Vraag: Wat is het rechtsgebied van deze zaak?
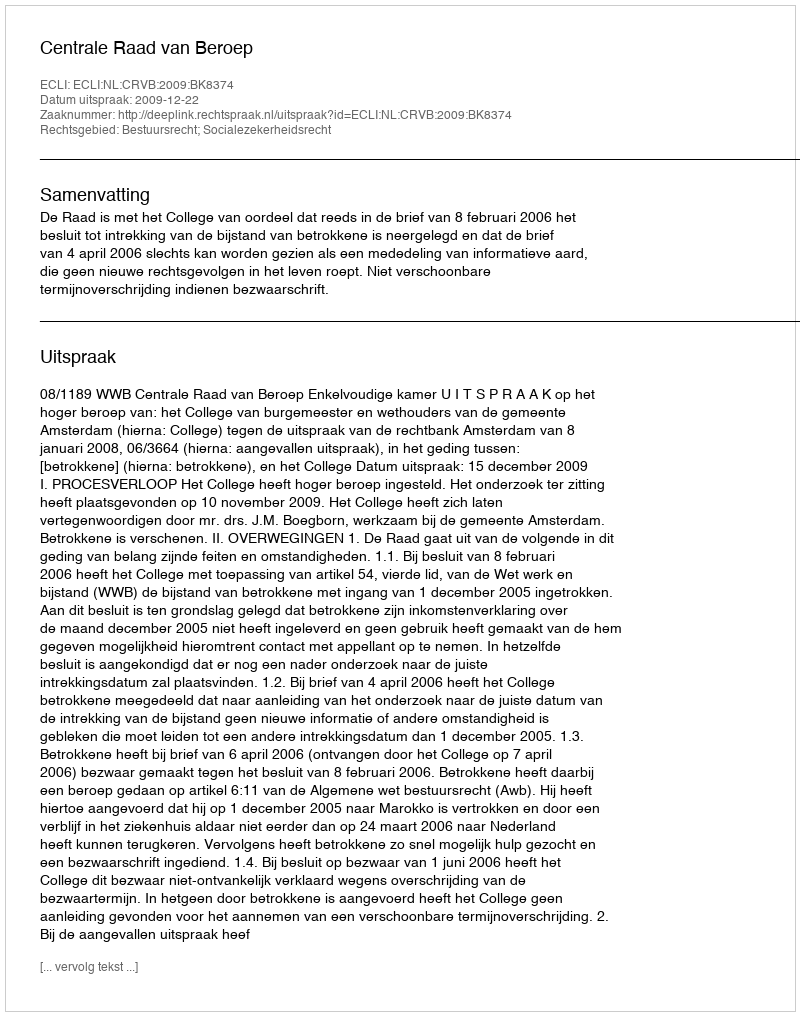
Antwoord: Bestuursrecht; Socialezekerheidsrecht